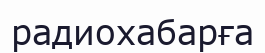
радиохабарға